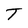
Character: T